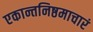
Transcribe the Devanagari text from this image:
एकान्तनिष्ठमाचारं